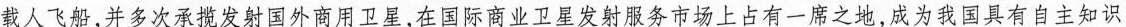
载人飞船，并多次承揽发射国外商用卫星，在国际商业卫星发射服务市场上占有一席之地，成为我国具有自主知识